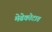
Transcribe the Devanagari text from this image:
मेढेकोटात